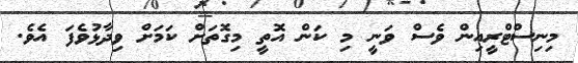
މިނިސްޓްރީއިން ވެސް ވަނީ މި ކަން އޮތީ މިގޮތަށް ކަމަށް ވިދާޅުވެފަ އެވެ.